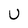
Character: U